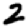
Digit: 2